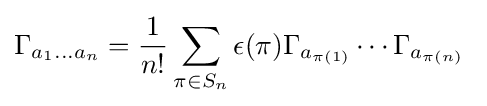
\Gamma _{a_{1}\dots a_{n}}={\frac {1}{n!}}\sum _{\pi \in S_{n}}\epsilon (\pi )\Gamma _{a_{\pi (1)}}\cdots \Gamma _{a_{\pi (n)}}~